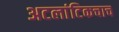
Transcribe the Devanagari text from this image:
अटलांटिकचाच